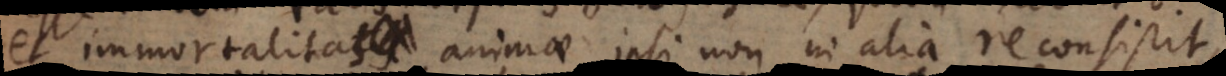
et immortalitas animae ipsi non in alia re consistit,